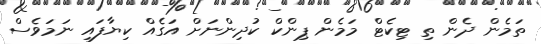
ތަމެން ދެން ތި ޓިކެޓް މަމެން ޕިންކް ކުދިންނަށް އަގެއް ކިޔާފައި ނަމަވެސް